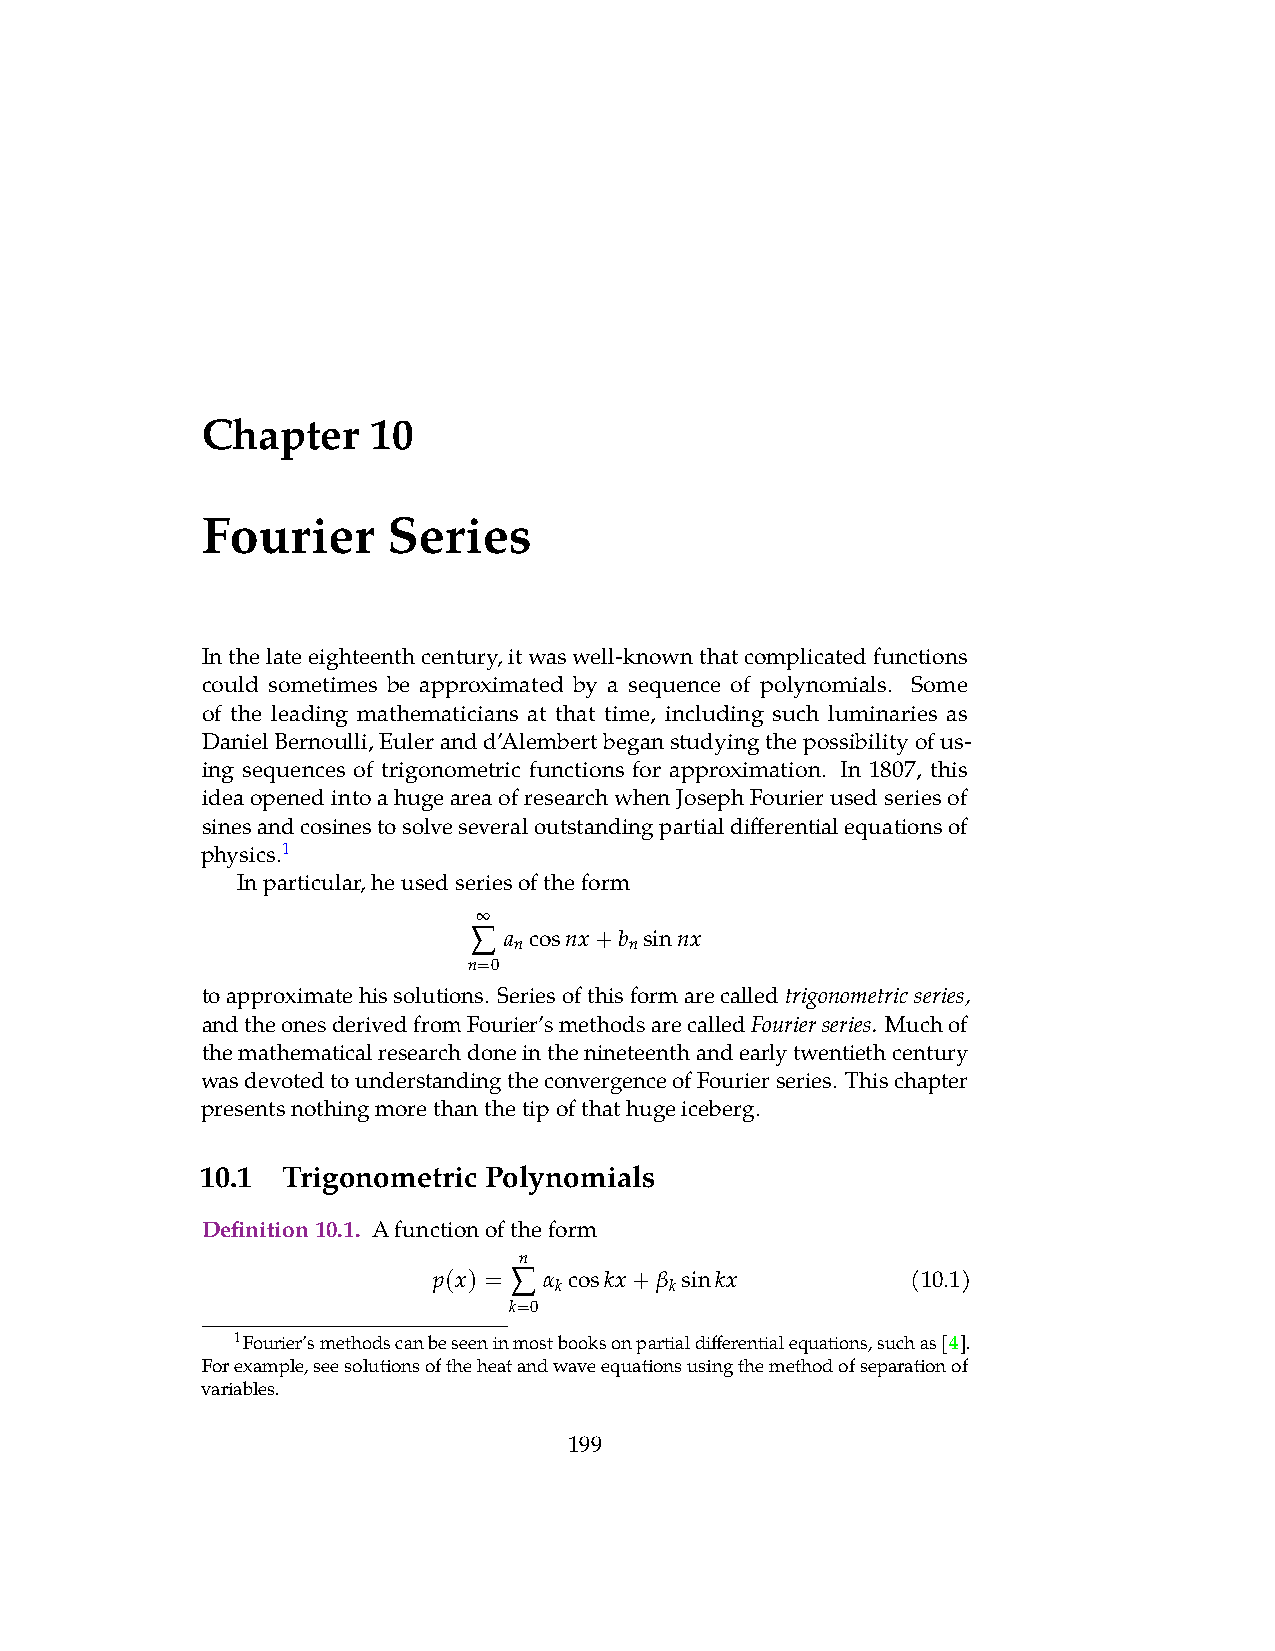
Chapter     10
 Fourier      Series
 Inthelateeighteenthcentury,itwaswell-knownthatcomplicatedfunctions
 could sometimes be approximated by a sequence of polynomials. Some
 of the leading mathematicians at that time, including such luminaries as
 DanielBernoulli,Eulerandd’Alembertbeganstudyingthepossibilityofus-
 ing sequences of trigonometric functions for approximation. In 1807, this
 ideaopenedintoahugeareaofresearchwhenJosephFourierusedseriesof
 sinesandcosinestosolveseveraloutstandingpartialdifferentialequationsof
 physics.1
 Inparticular,heusedseriesoftheform
 ∞
 ∑
 a cosnx+b sinnx
 n       n
 n=0
 toapproximatehissolutions. Seriesofthisformarecalled
 trigonometricseries,
 andtheonesderivedfromFourier’smethodsarecalled Muchof
 Fourierseries.
 themathematicalresearchdoneinthenineteenthandearlytwentiethcentury
 wasdevotedtounderstandingtheconvergenceofFourierseries. Thischapter
 presentsnothingmorethanthetipofthathugeiceberg.
 10.1  Trigonometric Polynomials
 Definition10.1. Afunctionoftheform
 n
 p(x) = ∑ α coskx+β sinkx       (10.1)
 k      k
 k=0
 1Fourier’smethodscanbeseeninmostbooksonpartialdifferentialequations,suchas[4].
 Forexample,seesolutionsoftheheatandwaveequationsusingthemethodofseparationof
 variables.
 199